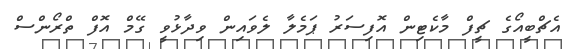
އެޗްބީއޯގެ ޗީފް މާކެޓިން އޮފިސަރު ޕަމެލާ ލެވައިން ވިދާޅުވީ ގޭމް އޮފް ތްރޯންސް